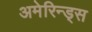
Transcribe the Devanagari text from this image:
अमेरिन्ड्स